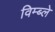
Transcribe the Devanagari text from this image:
विम्ब्ले